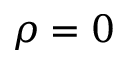
\rho = 0